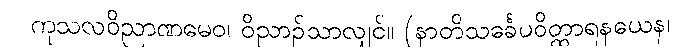
ကုသလဝိညာဏမေဝ၊ ဝိညာဉ်သာလျှင်။ (နာတိသင်္ခေပဝိတ္ထာရနယေန၊